画像に写った文字を読んでください
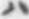
「ハ」と書いてあります